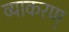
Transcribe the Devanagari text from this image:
व्याकरण्